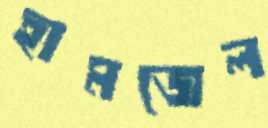
হামজেল